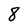
Character: 8